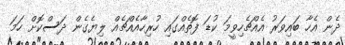
ދެން އެހާ ބައިވަރު އެއްޗެހިވީމަ ކުޑަ ފޮތެއްގައި ހުރިހާއެއްޗެއް ލިޔެގެން ދަސްކޮށް ހަމަ